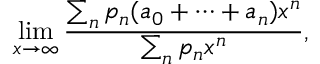
\operatorname* { l i m } _ { x \rightarrow \infty } { \frac { \sum _ { n } p _ { n } ( a _ { 0 } + \cdots + a _ { n } ) x ^ { n } } { \sum _ { n } p _ { n } x ^ { n } } } ,